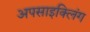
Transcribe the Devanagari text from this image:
अपसाइक्लिंग